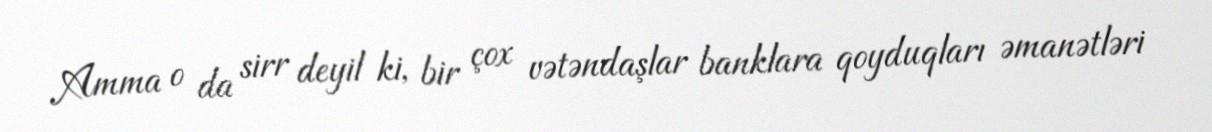
Amma o da sirr deyil ki, bir çox vətəndaşlar banklara qoyduqları əmanətləri